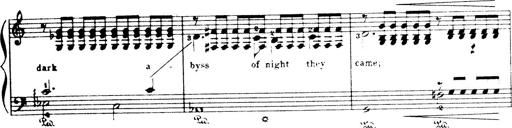
Title: Wagner-Liszt Album
Composer: Franz Liszt